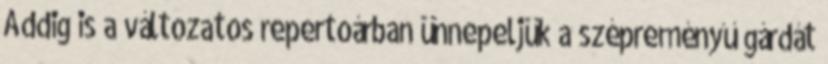
Addig is a változatos repertoárban ünnepeljük a szépreményű gárdát